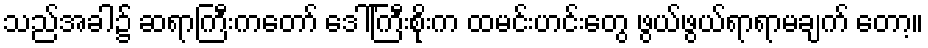
သည်အခါ၌ ဆရာကြီးကတော် ဒေါ်ကြီးစိုးက ထမင်းဟင်းတွေ ဖွယ်ဖွယ်ရာရာမချက် တော့။